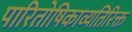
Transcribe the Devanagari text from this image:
पारितोषिकाव्यतिरिक्त